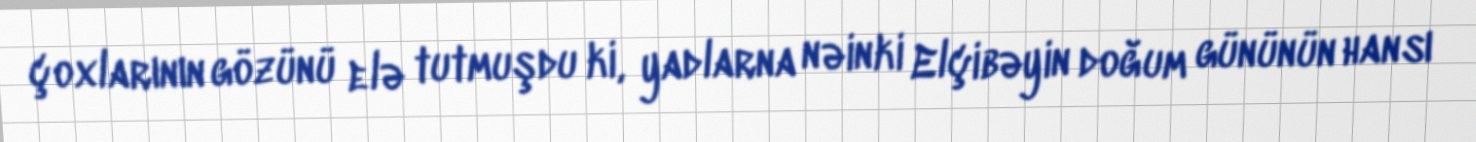
çoxlarının gözünü elə tutmuşdu ki, yadlarna nəinki Elçibəyin doğum gününün hansı